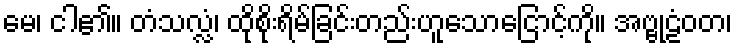
မေ၊ ငါ၏။ တံသလ္လံ၊ ထိုစိုးရိမ်ခြင်းတည်းဟူသောငြောင့်ကို။ အဗ္ဗုဠံဝတ၊